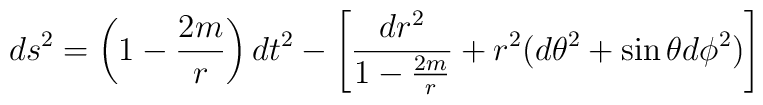
ds^{2}=\left(1-\frac{2m}{r}\right)dt^{2}-\left[\frac{dr^{2}}{1-\frac{2m}{r}}+r^{2}(d\theta^{2}+\sin{\theta}d\phi^{2})\right]